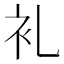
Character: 𮕤